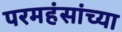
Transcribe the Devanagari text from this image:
परमहंसांच्या